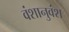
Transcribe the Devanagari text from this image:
वंशानुवंश